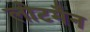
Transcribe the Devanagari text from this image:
लोटमैन